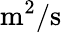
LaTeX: \mathrm{m^{2}/s}